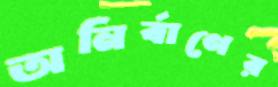
অনির্বাণের